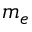
m _ { e }